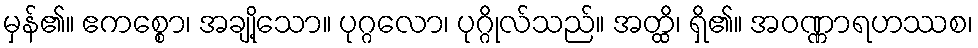
မှန်၏။ ဧကစ္စော၊ အချို့သော။ ပုဂ္ဂလော၊ ပုဂ္ဂိုလ်သည်။ အတ္ထိ၊ ရှိ၏။ အဝဏ္ဏာရဟဿစ၊